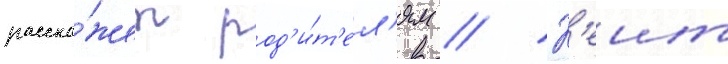
расска́жет род'и́т'ел'ям // К'еит